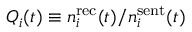
Q _ { i } ( t ) \equiv n _ { i } ^ { \mathrm { r e c } } ( t ) / n _ { i } ^ { \mathrm { s e n t } } ( t )